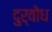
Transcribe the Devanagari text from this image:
दुर्वोध